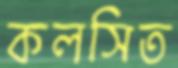
কলসিত